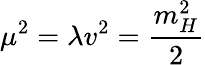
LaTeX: \mu^{2}=\lambda v^{2}={\frac{m_{H}^{2}}{2}}